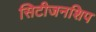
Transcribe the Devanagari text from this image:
सिटीजनशिप